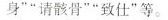
身””请骸骨””致仕”等。